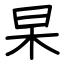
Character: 杲